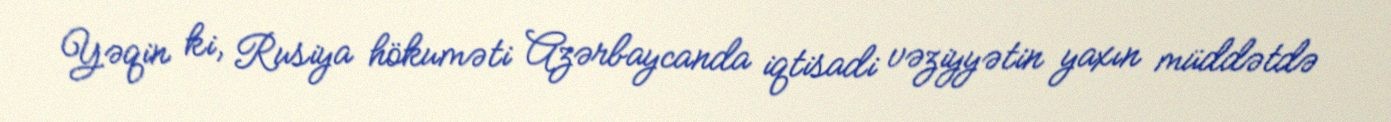
Yəqin ki, Rusiya hökuməti Azərbaycanda iqtisadi vəziyyətin yaxın müddətdə